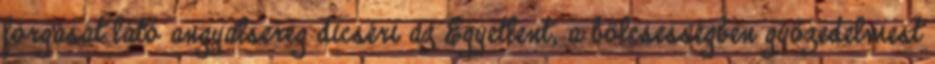
forgását látó angyalsereg dicséri az Egyetlent, a bölcsességben győzedelmest